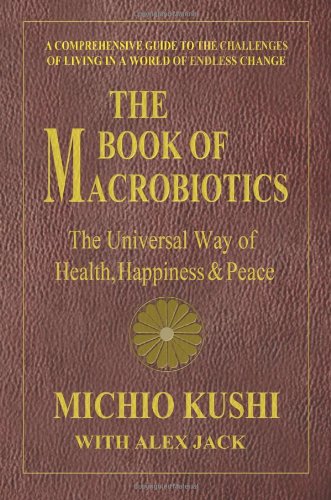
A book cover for The Book of Macrobiotics: The Universal Way of Health, Happiness & Peace; Michio Kushi; Health, Fitness & Dieting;